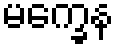
မက္ခေန